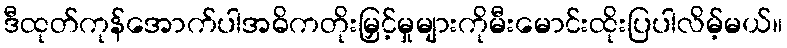
ဒီထုတ်ကုန်အောက်ပါအဓိကတိုးမြှင့်မှုများကိုမီးမောင်းထိုးပြပါလိမ့်မယ်။